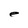
Character: e